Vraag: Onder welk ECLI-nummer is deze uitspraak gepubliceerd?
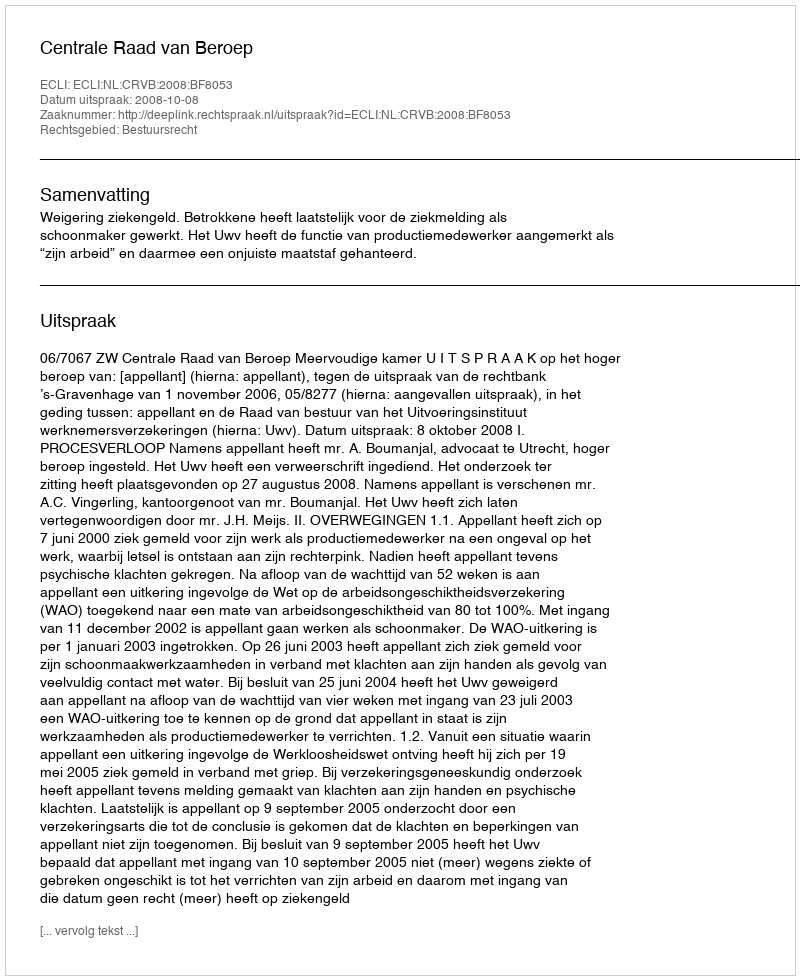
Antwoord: ECLI:NL:CRVB:2008:BF8053